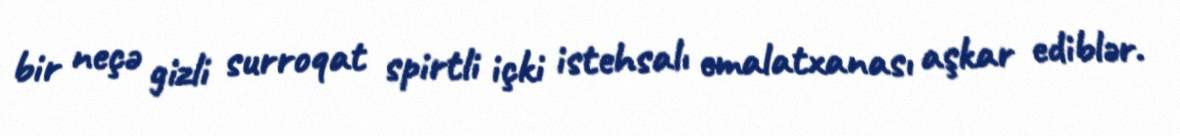
bir neçə gizli surroqat spirtli içki istehsalı emalatxanası aşkar ediblər.